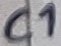
Text: C1